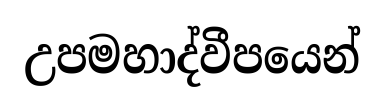
උපමහාද්වීපයෙන්